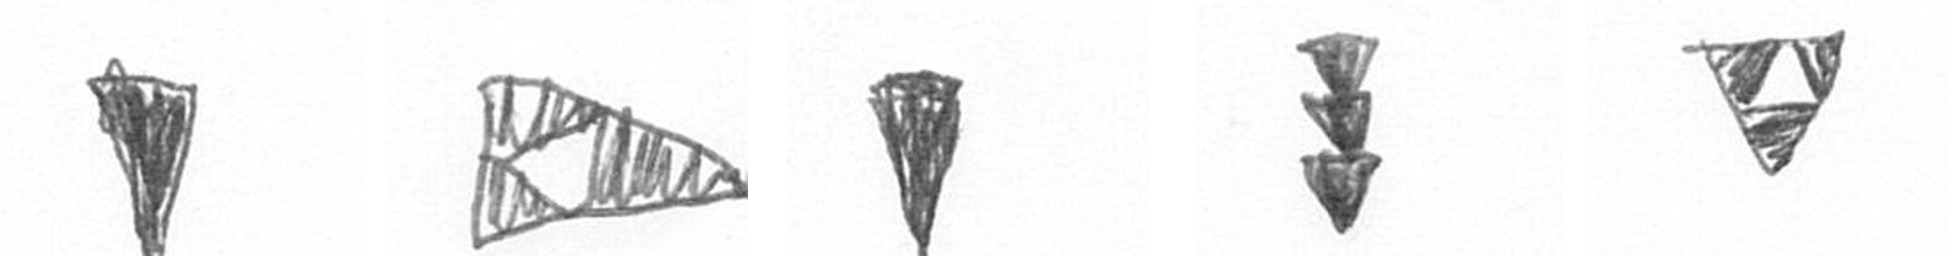
J K J E S